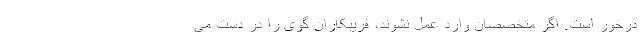
درخور است. اگر متخصصان وارد عمل نشوند، فریبکاران گوی را در دست می